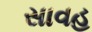
સાવહ